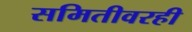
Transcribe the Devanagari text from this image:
समितीवरही